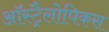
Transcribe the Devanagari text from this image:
ऑस्ट्रैलोपिकस